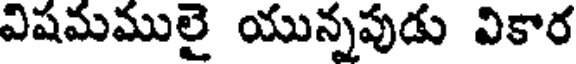
విషమములై యున్నపుడు వికార